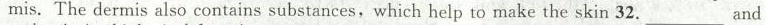
mis. The dermis also contains substances, which help to make the skin 32.___ And